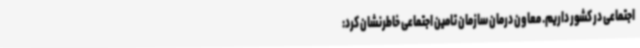
اجتماعی در کشور داریم. معاون درمان سازمان تامین اجتماعی خاطرنشان کرد: